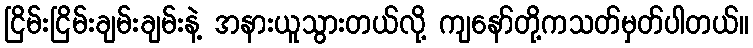
ငြိမ်းငြိမ်းချမ်းချမ်းနဲ့ အနားယူသွားတယ်လို့ ကျနော်တို့ကသတ်မှတ်ပါတယ်။